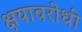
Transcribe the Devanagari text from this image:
क्षयावरोधी